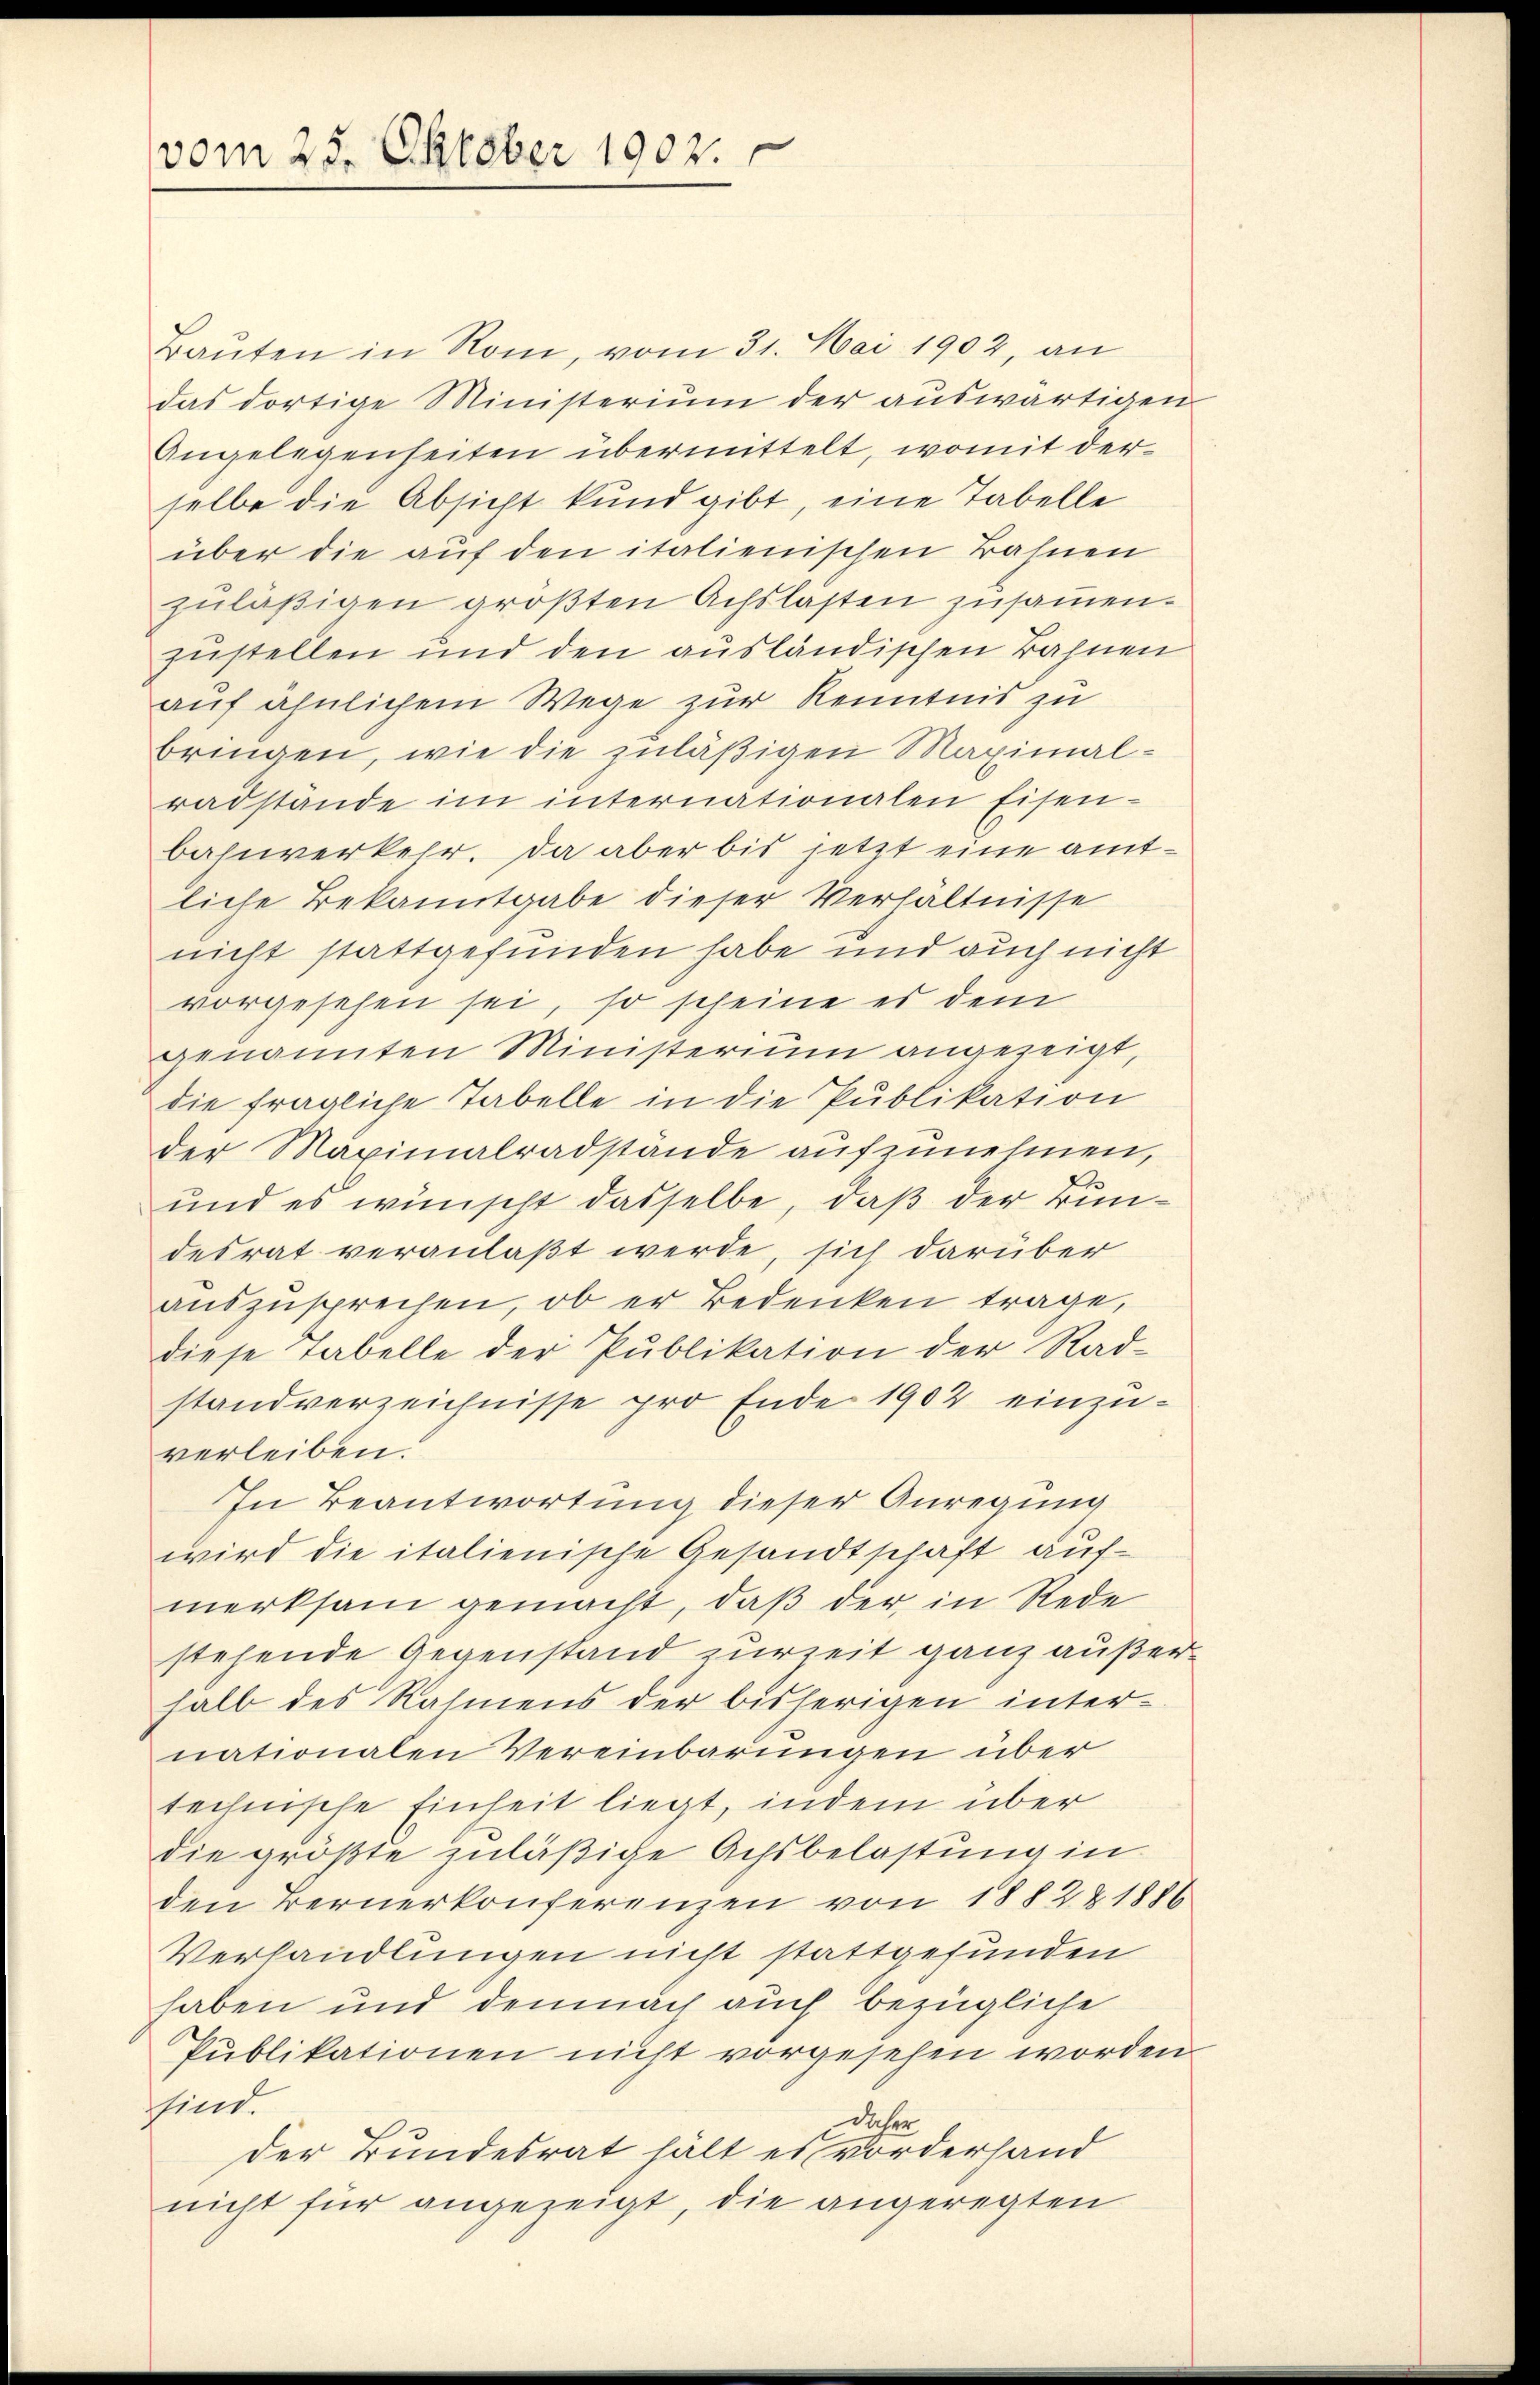
vom 25. Oktober 1902.

Baŭten in Rom, vom 31. Mai 1902, an
das dortige Ministerium der auswärtigen
Angelegenseiten übermittelt, womit der
selbe die Absicht kund gibt, eine Tabelle
über die auf den italienischen Bahnen
zuläßigen größten Achslasten zusammen.
zustellen und den ausländischen Bahnen
auf ähnlichem Wege zur Kenntnis zu
bringen, wie die zuläßigen Maximal-
radstände im internationalen Eisen-
bahnverkehr. Da aber bis jetzt eine amtliche Bekanntgabe dieser Verhältnisse
nicht stattgefunden habe und auch nicht
vorgesehen sei, so scheine es dem
genannten Ministerium angezeigt,
die fragliche Tabelle in die Publikation
der Maximalradstände aufzunehmen,
und es wünscht dasselbe, daß der Bundesrat veranlaßt werde, sich darüber
auszusprechen, ob er Bedenken trage,
diese Tabelle der Publikation der Rad-
standverzeichnisse pro Ende 1902 einzuverleiben:
In Beantwortung dieser Anregung
wird die italienische Gesandtschaft aufmerksam gemacht, daß der in Rede
stehende Gegenstand zurzeit ganz außerhalb des Rahmens der bisherigen internationalen Vereinbarungen über
technische Einheit liegt, indem über
die größte zuläßige Achsbelastung in
den Bernerkonferenzen von 1882 & 1886
Verhandlungen nicht stattgefunden
haben und demnach auch bezügliche
Publikationen nicht vorgesehen worden.
sind.
daher
der Bundesrat hält es vorderhand
nicht für angezeigt, die angeregten